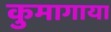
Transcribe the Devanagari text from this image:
कुमागाया